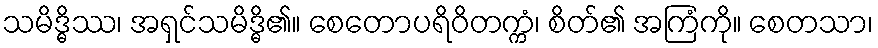
သမိဒ္ဓိဿ၊ အရှင်သမိဒ္ဓိ၏။ စေတောပရိဝိတက္ကံ၊ စိတ်၏ အကြံကို။ စေတသာ၊